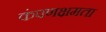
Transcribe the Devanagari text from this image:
कंपणक्षमता